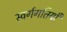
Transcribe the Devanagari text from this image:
स्वर्गगतियाँ